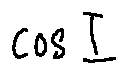
\cos I